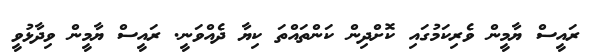
ރައީސް ޔާމީން ވެރިކަމުގައި ކޮށްދިން ކަންތައްތަ ކިޔާ ދެއްވަނީ. ރައީސް ޔާމީން ވިދާޅުވީ